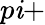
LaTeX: p\mathit{i}+